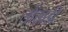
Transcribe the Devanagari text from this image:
लोंखडी